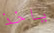
ياخذ